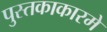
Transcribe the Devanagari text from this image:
पुस्तकाकारमे